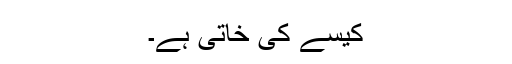
کیسے کی خاتی ہے۔